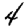
Digit: 4